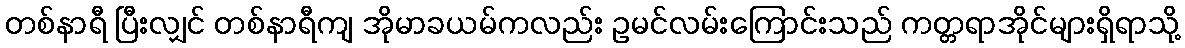
တစ်နာရီ ပြီးလျှင် တစ်နာရီကျ အိုမာခယမ်ကလည်း ဥမင်လမ်းကြောင်းသည် ကတ္တရာအိုင်များရှိရာသို့